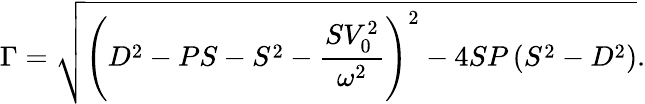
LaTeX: \Gamma=\sqrt{\left(D^{2}-PS-S^{2}-\frac{SV_{0}^{2}}{\omega^{2}}\right)^{2}-4SP\left(S^{2}-D^{2}\right)}.